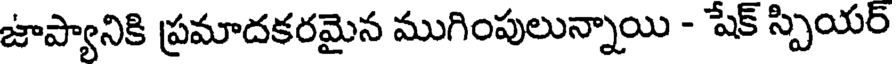
జాప్యానికి ప్రమాదకరమైన ముగింపులున్నాయి - షేక్ స్పియర్